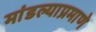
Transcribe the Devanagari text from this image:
मांडल्याप्रमाणे